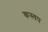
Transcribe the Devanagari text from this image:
कस्यप